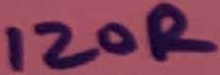
Text: 120R